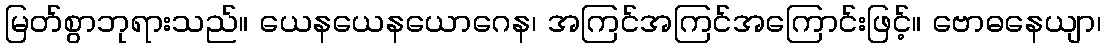
မြတ်စွာဘုရားသည်။ ယေနယေနယောဂေန၊ အကြင်အကြင်အကြောင်းဖြင့်။ ဗောဓနေယျာ၊